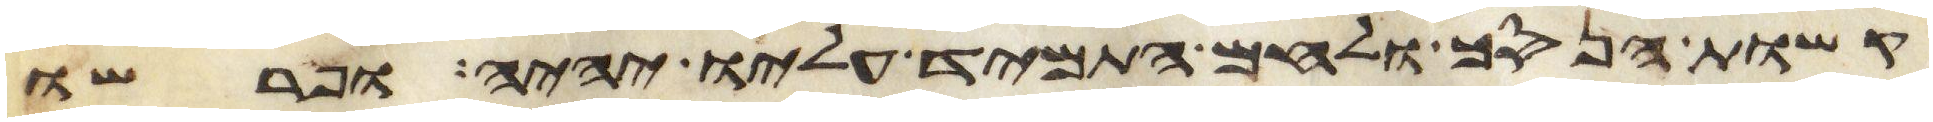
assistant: קשות הנסך ולחם התמיד עליו יהיה ופרשו